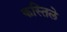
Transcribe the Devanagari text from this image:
कस्तिले